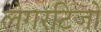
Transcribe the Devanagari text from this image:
लेगरटिजो